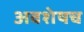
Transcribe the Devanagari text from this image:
अवशेषच